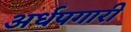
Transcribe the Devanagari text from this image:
अर्धपगारी